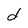
Character: d